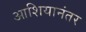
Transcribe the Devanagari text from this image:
आशियानंतर